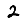
Digit: 2